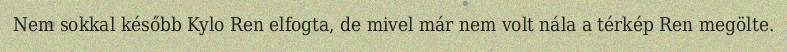
Nem sokkal később Kylo Ren elfogta, de mivel már nem volt nála a térkép Ren megölte.